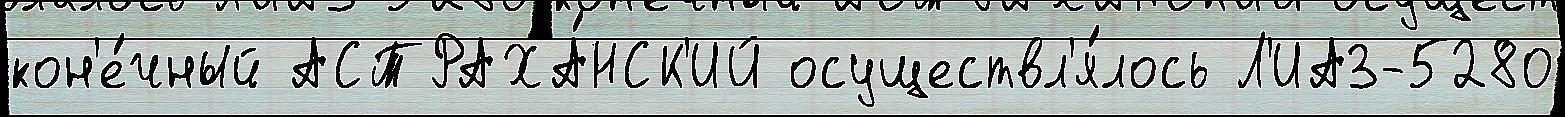
кон'е́чный АСТРАХА́НСК'ИЙ осуществл'я́лось Л'ИАЗ-5280